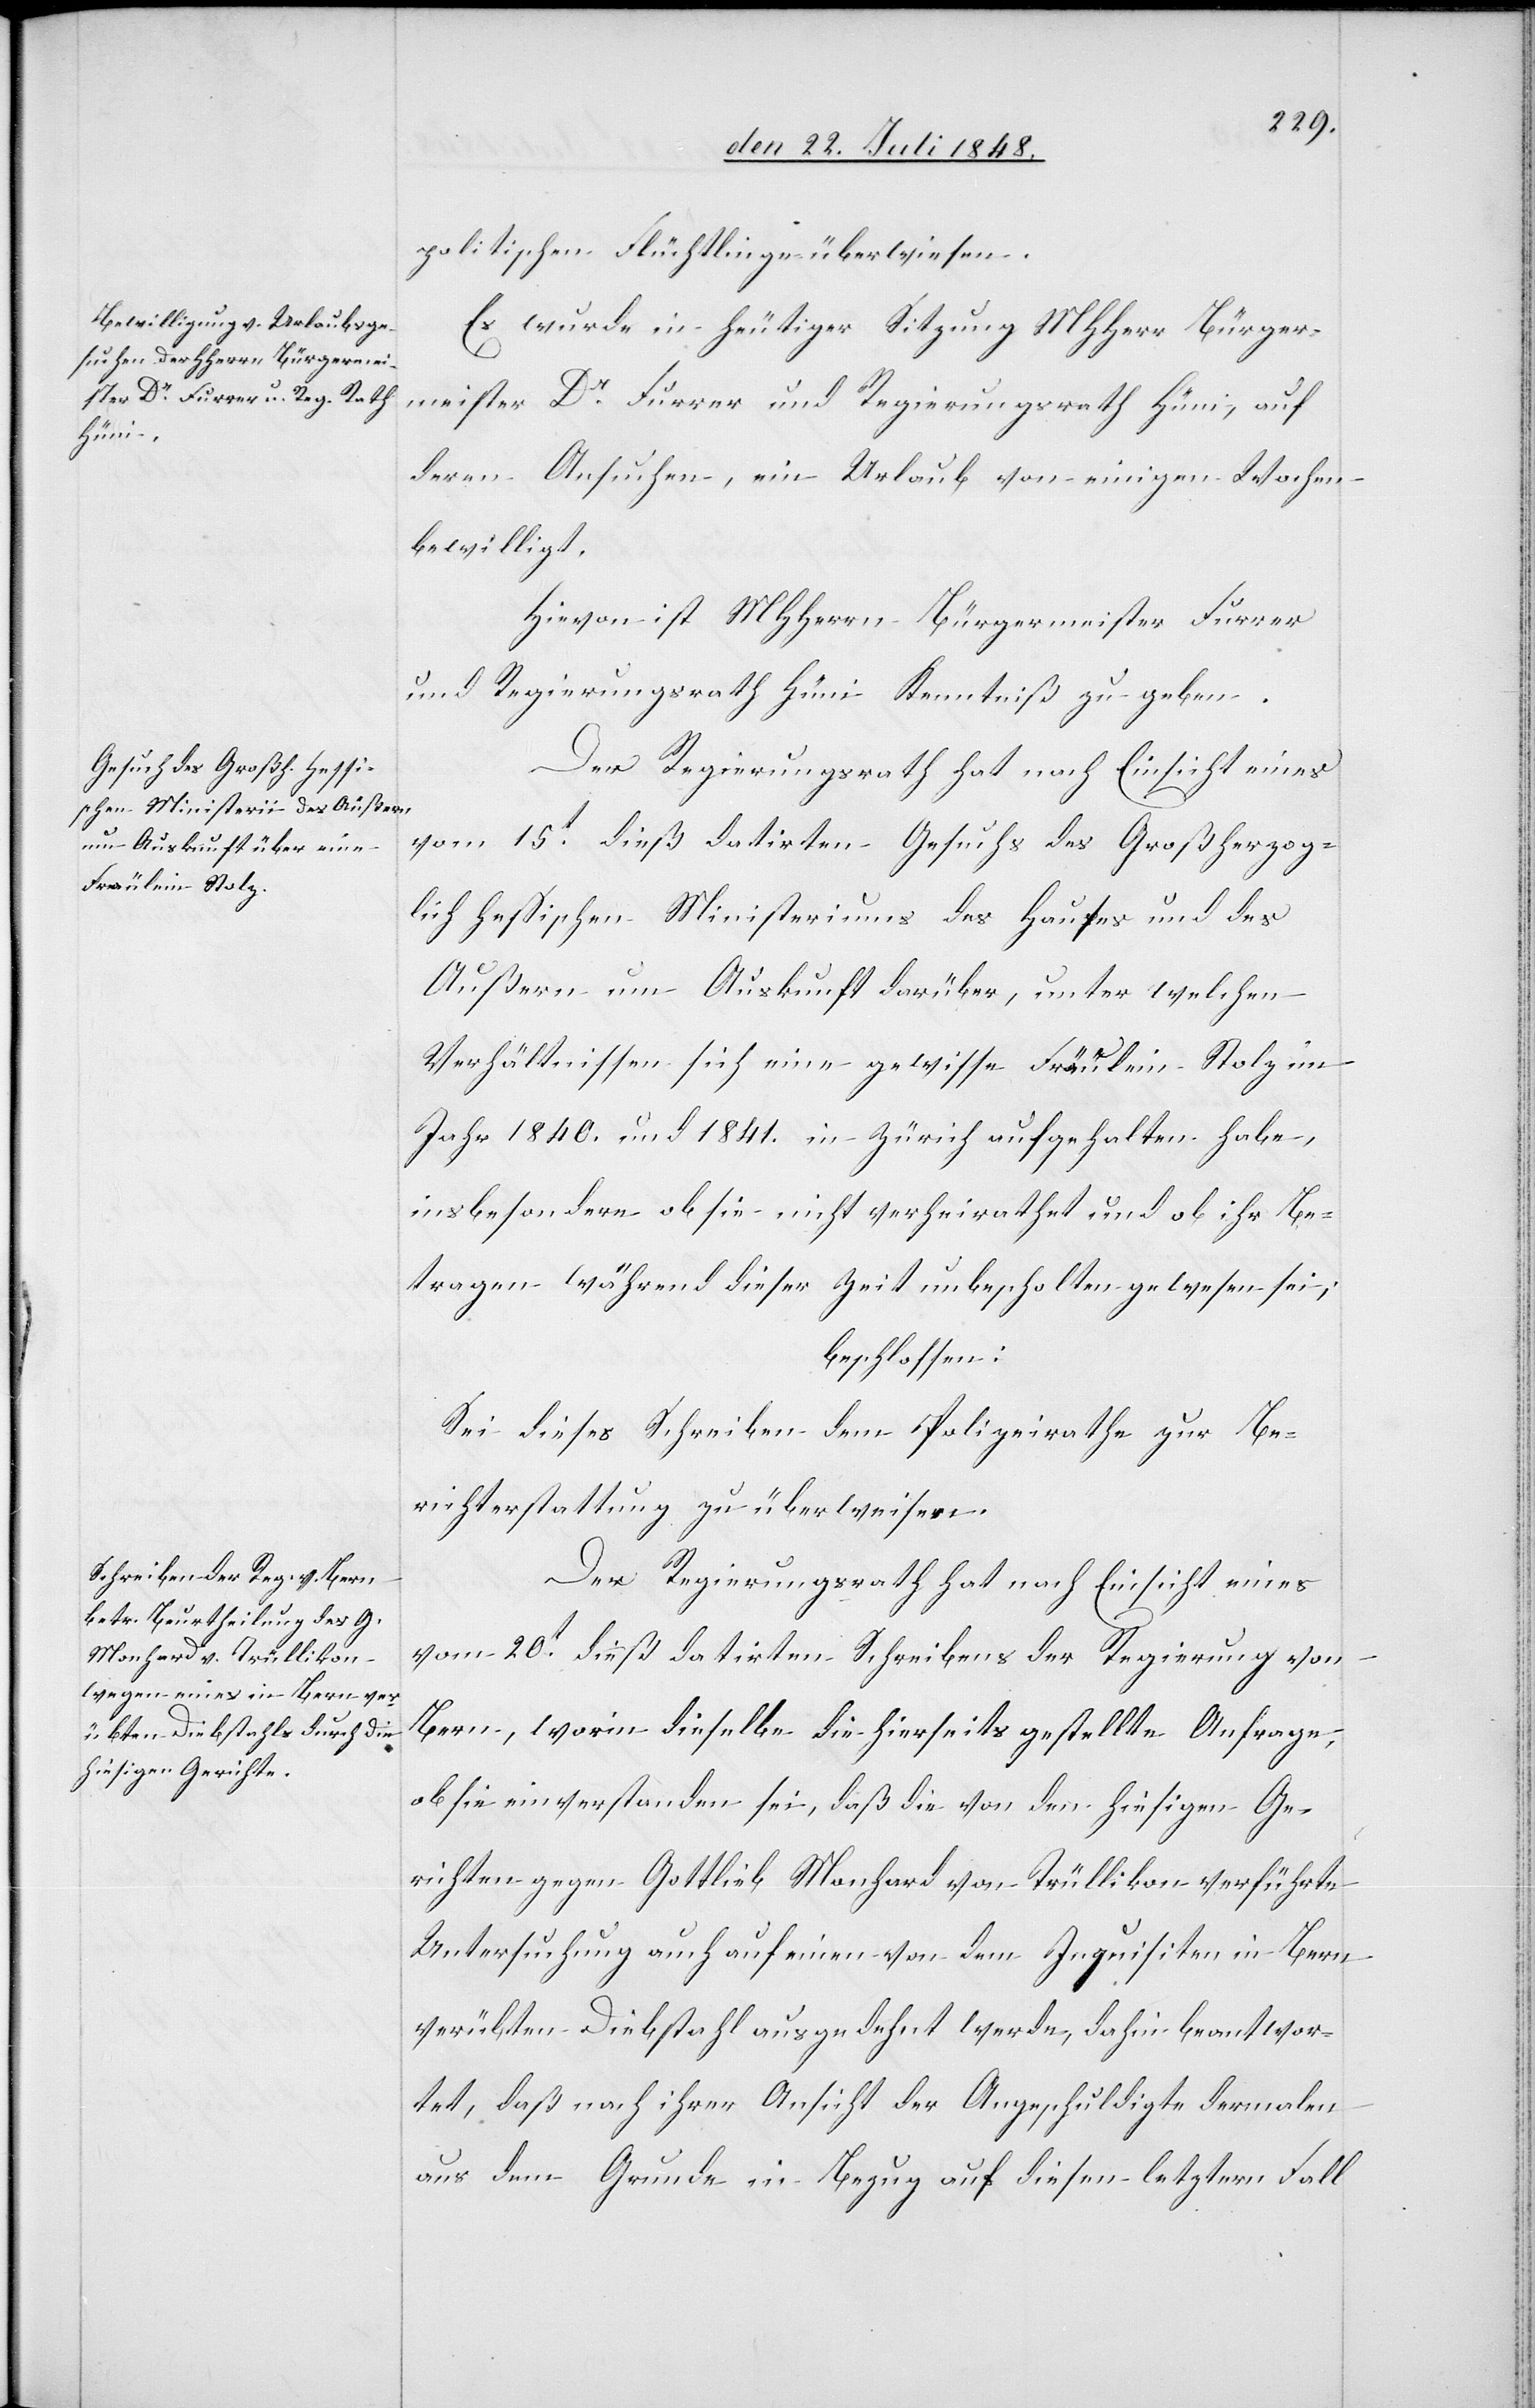
ichen Ministeriums des Hauses

politischen Flüchtlinge überwiesen.
Es wurde in heutiger Sitzung MHHerr Bürger¬
meister Dr Furrer und Regierungsrath Hüni, auf
deren Ansuchen, ein Urlaub von einigen Wochen
bewilligt.
Hievon ist MHHerrn Bürgermeister Furrer
und Regierungsrath Hüni Kenntniß zu geben.
Der Regierungsrath hat nach Einsicht eines
vom 15t dieß datirten Gesuchs des Großherzogl¬
[sic!] um Auskunft darüber, unter welchen
Verhältnissen sich eine gewisse Fräulein Stolz im
Jahr 1840. und 1841. in Zürich aufgehalten habe,
insbesondere ob sie nicht verheirathet und ob ihr Be¬
tragen während dieser Zeit unbescholten gewesen sei;
beschlossen:
Sei dieses Schreiben dem Polizeirathe zur Be¬
richterstattung zu überweisen.
Der Regierungsrath hat nach Einsicht eines
vom 20t dieß datirten Schreibens der Regierung von
Bern, worin dieselbe die hierseits gestellte Anfrage,
ob sie einverstanden sei, daß die von den hiesigen Ge¬
richten gegen Gottlieb Monhard von Trüllikon verführte
Untersuchung auch auf einen von dem Inquisiten in Bern
verübten Diebstahl ausgedehnt werde, dahin beantwor¬
tet, daß nach ihrer Ansicht der Angeschuldigte dermalen
aus dem Grunde in Bezug auf diesen letztern Fall